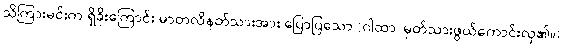
သိကြားမင်းက ရှိခိုးကြောင်း မာတလိနတ်သားအား ပြောပြသော (ဂါထာ၊ မှတ်သားဖွယ်ကောင်းလှ၏။)